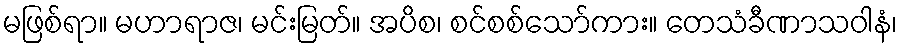
မဖြစ်ရာ။ မဟာရာဇ၊ မင်းမြတ်။ အပိစ၊ စင်စစ်သော်ကား။ တေသံခီဏာသဝါနံ၊